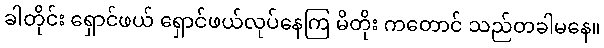
ခါတိုင်း ရှောင်ဖယ် ရှောင်ဖယ်လုပ်နေကြ မိတိုး ကတောင် သည်တခါမနေ။